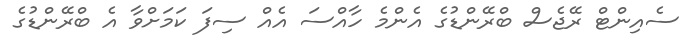
ސެއިންޓް ރޭޖެސް ބްރޭންޑުގެ އެންމެ ހާއްސަ އެއް ސިފަ ކަމަށްވާ އެ ބްރޭންޑުގެ